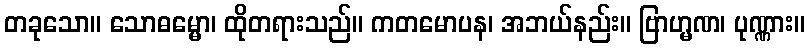
တခုသော။ သောဓမ္မော၊ ထိုတရားသည်။ ကတမောပန၊ အဘယ်နည်း။ ဗြာဟ္မဏ၊ ပုဏ္ဏား။